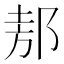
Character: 𲆒